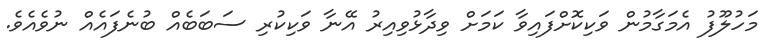
މަހުލޫފު އެމަގާމުން ވަކިކޮށްފައިވާ ކަމަށް ވިދާޅުވިއިރު އޭނާ ވަކިކުރި ސަބަބެއް ބުނެފައެއް ނުވެއެވެ.